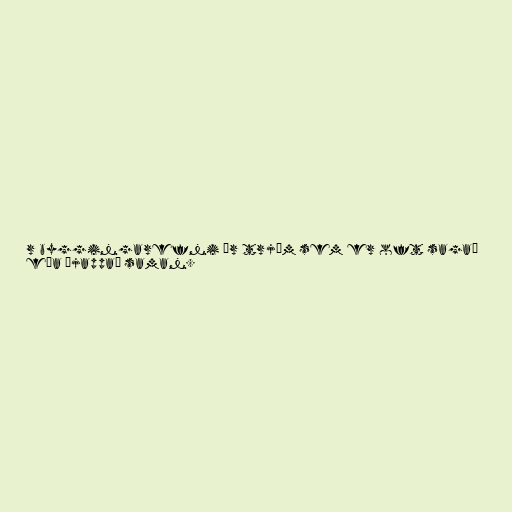
r byggingarefni úr trjám sem er oft sagað
eða þjappað saman.